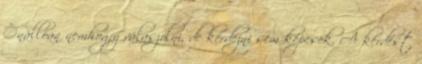
Önállóan nemhogy válaszolni, de kérdezni sem képesek. A kérdést